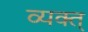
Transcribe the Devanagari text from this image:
व्यक्त्